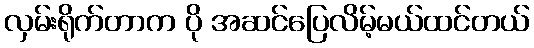
လှမ်းရိုက်တာက ပို အဆင်ပြေလိမ့်မယ်ထင်တယ်